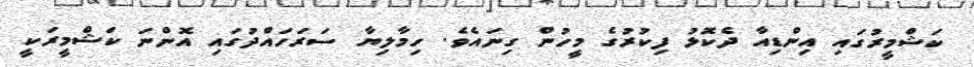
ކަޝްމީރުގައި އިންޑިއާ ދެކޮޅު ފިކުރުގެ މީހުން ގިނައެވެ. ހިމާލިޔާ ސަރަހައްދުގައި އޮންނަ ކަޝްމީރަކީ